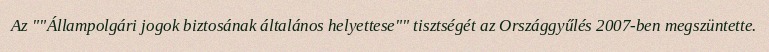
Az ""Állampolgári jogok biztosának általános helyettese"" tisztségét az Országgyűlés 2007-ben megszüntette.